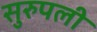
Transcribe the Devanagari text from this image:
सुरुपली